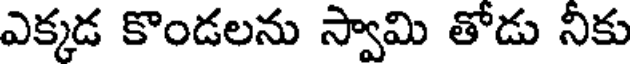
ఎక్కడ కొండలను స్వామి తోడు నీకు